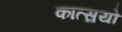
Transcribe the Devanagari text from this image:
कात्सुयो